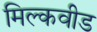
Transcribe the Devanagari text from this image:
मिल्कवीड